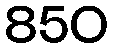
850